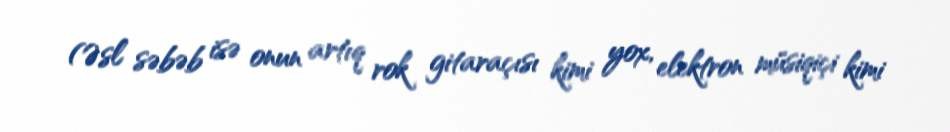
(Əsl səbəb isə onun artıq rok gitaraçısı kimi yox, elektron müsiqiçi kimi